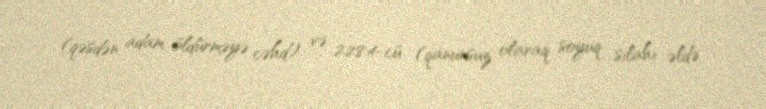
(qəsdən adam öldürməyə cəhd) və 228.4-cü (qanunsuz olaraq soyuq silahı əldə